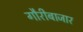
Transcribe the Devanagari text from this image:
गौरीबाजार